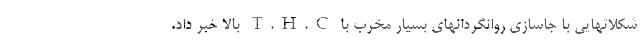
شکلاتهایی با جاسازی روانگردانهای بسیار مخرب با T.H.C بالا خبر داد.